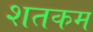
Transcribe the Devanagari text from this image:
शतकम